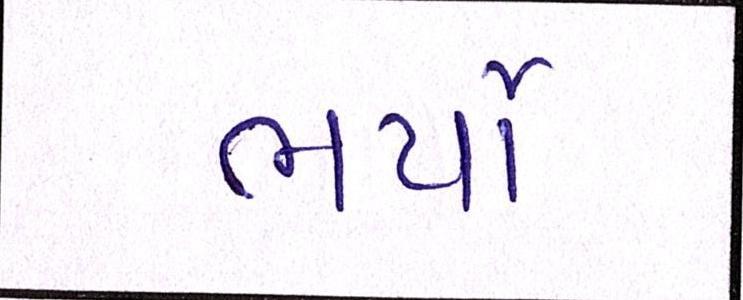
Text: ભર્યો